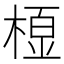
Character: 𭫓